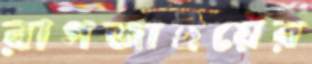
রাগজাইয়ের